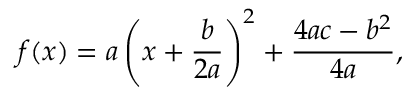
f ( x ) = a \left( x + { \frac { b } { 2 a } } \right) ^ { 2 } + { \frac { 4 a c - b ^ { 2 } } { 4 a } } ,